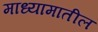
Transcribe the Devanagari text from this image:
माध्यामातील